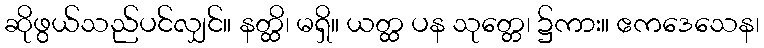
ဆိုဖွယ်သည်ပင်လျှင်။ နတ္ထိ၊ မရှိ။ ယတ္ထ ပန သုတ္တေ၊ ၌ကား။ ဧကဒေသေန၊